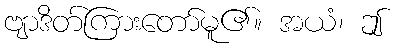
ဗျာဒိတ်ကြားတော်မူ၏။ အယံ၊ ဤ